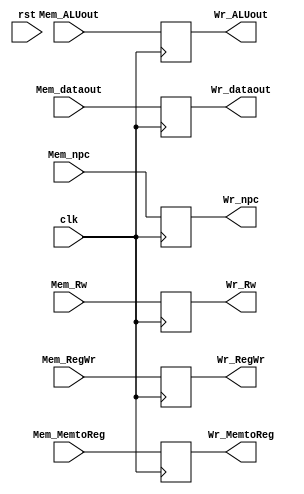
module Mem_Wr(
    //data input
    input [31:0] Mem_npc,
    input [31:0] Mem_dataout, Mem_ALUout,
    input [4:0] Mem_Rw,
    
    //data output
    output reg [31:0] Wr_npc,
    output reg [31:0] Wr_dataout, Wr_ALUout,
    output reg [4:0] Wr_Rw,
    
    //control input
    input [1:0] Mem_MemtoReg,
    input Mem_RegWr,//5
    
    //control output
    output reg [1:0] Wr_MemtoReg,
    output reg Wr_RegWr,//5

    input clk, rst
);

    always @(negedge clk)
        begin
            Wr_npc <= Mem_npc;
            Wr_dataout <= Mem_dataout;
            Wr_ALUout <= Mem_ALUout;
            Wr_Rw <= Mem_Rw;

            Wr_MemtoReg <= Mem_MemtoReg;
            Wr_RegWr <= Mem_RegWr;
        end
endmodule